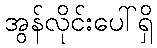
အွန်လိုင်းပေါ်ရှိ